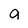
Character: a